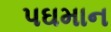
પઘમાન